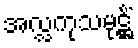
အလ္လကုသမုဋ္ဌိံ